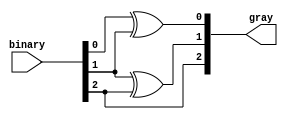
module binary_to_gray(binary,gray);
input [N-1:0] binary;
output reg [N-1:0] gray;
parameter N =3;
integer i;
always @(*) begin
    gray[N-1] = binary[N-1];
    for (i = 0; i < N-1; i = i + 1) begin
        gray[i] = binary[i] ^ binary[i+1];
    end
end
endmodule